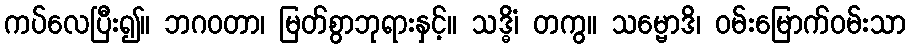
ကပ်လေပြီး၍။ ဘဂဝတာ၊ မြတ်စွာဘုရားနှင့်။ သဒ္ဓိံ၊ တကွ။ သမ္ဗောဒိ၊ ဝမ်းမြောက်ဝမ်းသာ